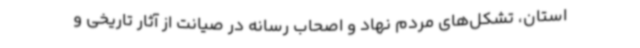
استان، تشکل‌های مردم‌ نهاد و اصحاب رسانه در صیانت از آثار تاریخی و